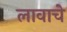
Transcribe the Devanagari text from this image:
लावाचे